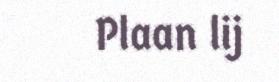
Plaan lij